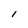
Character: l